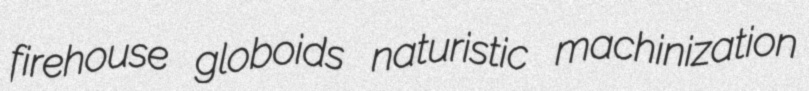
firehouse globoids naturistic machinization